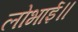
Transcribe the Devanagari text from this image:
लोभाई॥